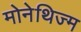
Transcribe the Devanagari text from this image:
मोनेथिज्म